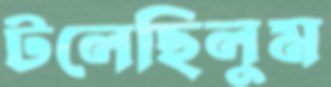
টলেছিলুম